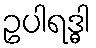
ဥပါရဒ္ဓါ